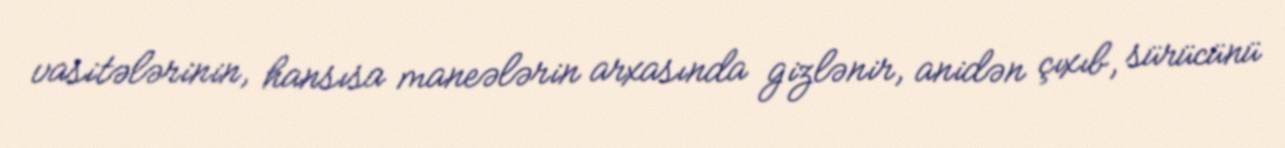
vasitələrinin, hansısa maneələrin arxasında gizlənir, anidən çıxıb, sürücünü